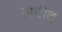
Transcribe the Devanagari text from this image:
लबीद